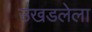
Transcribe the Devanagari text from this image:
उखडलेला